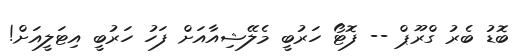
ބޮޑު ބެރު ގްރޫޕް -- ފޮޓޯ ހަރުބީ މެލޭޝިއާއަށް ފަހު ހަރުބީ އިޓަލީއަށް!